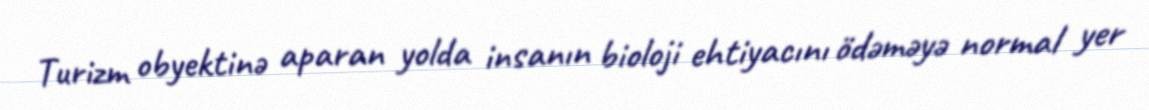
Turizm obyektinə aparan yolda insanın bioloji ehtiyacını ödəməyə normal yer